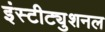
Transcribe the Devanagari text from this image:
इंस्टीट्युशनल